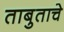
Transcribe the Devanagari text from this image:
ताबुताचे